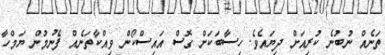
ތަނެއް ނުބުނެ ކުރިއަށް ދިޔައެވެ. ހިސާބަކަށް ގޮސް އައިސްކޯން ވިއްކާތަނެއް ފެނުމުން ޔަމްހާ